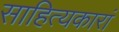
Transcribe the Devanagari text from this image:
साहित्यकारां